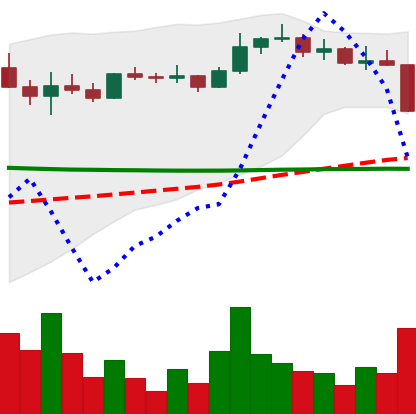
Ticker: ETC-USD
Chart end date: 2022-08-19
Forward return: 7.198%
Label: up_7plus